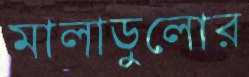
মালাডুলোর